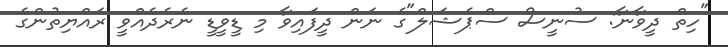
"ހިތް ދީވާނާ: ސުނީސް ސްޕެޝަލް"ގެ ނަން ދީފައިވާ މި ޑީވީޑީ ނެރެދެއްވީ ރައްޔިތުންގެ